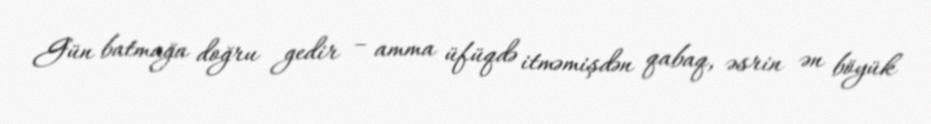
Gün batmağa doğru gedir – amma üfüqdə itməmişdən qabaq, əsrin ən böyük